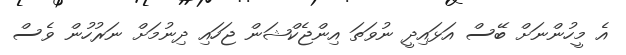
އެ މީހުންނަށް ބޭސް އަޅައިދީ ނުވަތަ އިންޖެކްޝަން ޖަހައި ދިނުމަށް ނަރުހުން ވެސް